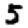
Digit: 5